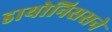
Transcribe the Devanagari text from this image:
डायोनिससने